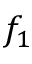
f _ { 1 }